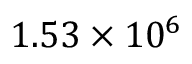
1 . 5 3 \times 1 0 ^ { 6 }